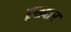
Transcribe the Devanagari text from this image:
इसदार